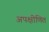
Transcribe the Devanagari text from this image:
अपक्षीणित